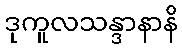
ဒုကူလသန္ဒာနာနိ